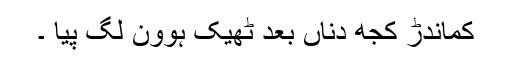
کماندڑ کجھ دناں بعد ٹھیک ہوون لگ پیا ۔